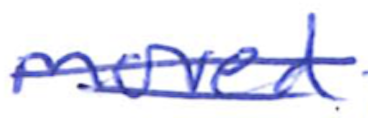
Text: moved
Cross-out: double-line
Writing tool: ballpoint